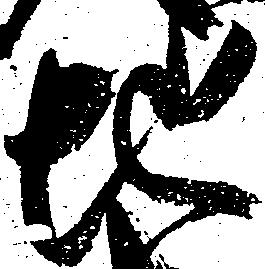
地